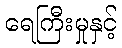
ရေကြီးမှုနှင့်